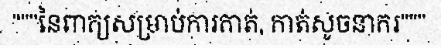
"""នៃពាក្យសម្រាប់ការកាត់, កាត់សូចនាករ"""